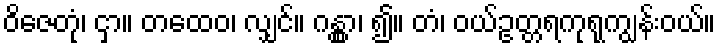
ဝိဇေတုံ၊ ငှာ။ တထေဝ၊ လျှင်။ ဂန္တွာ၊ ၍။ တံ၊ ဝယ်ဥတ္တရကုရုကျွန်းဝယ်။